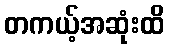
တကယ့်အဆုံးထိ